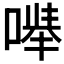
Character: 𪡽